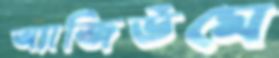
অ্যাজিউমে